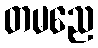
တမညေ